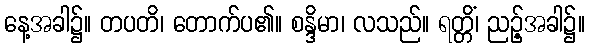
နေ့အခါ၌။ တပတိ၊ တောက်ပ၏။ စန္ဒိမာ၊ လသည်။ ရတ္တိံ၊ ညဉ့်အခါ၌။